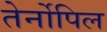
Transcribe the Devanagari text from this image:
तेर्नोपिल